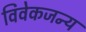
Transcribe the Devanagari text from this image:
विवेकजन्य